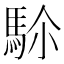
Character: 𩢜